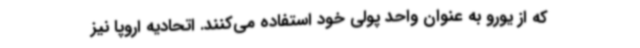
که از یورو به عنوان واحد پولی خود استفاده می‌کنند. اتحادیه اروپا نیز